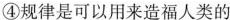
④规律是可以用来造福人类的